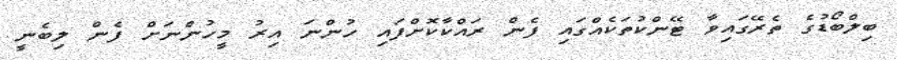
ބިލްބޯޑުގެ ތެރޭގައިވާ ޓޭންކުތަކެއްގައި ފެން ރައްކާކޮށްފައި ހުންނަ އިރު މީހުންނަށް ފެން ލިބެނީ